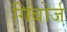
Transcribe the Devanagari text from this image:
गिबोर्ज